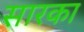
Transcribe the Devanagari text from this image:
सारका